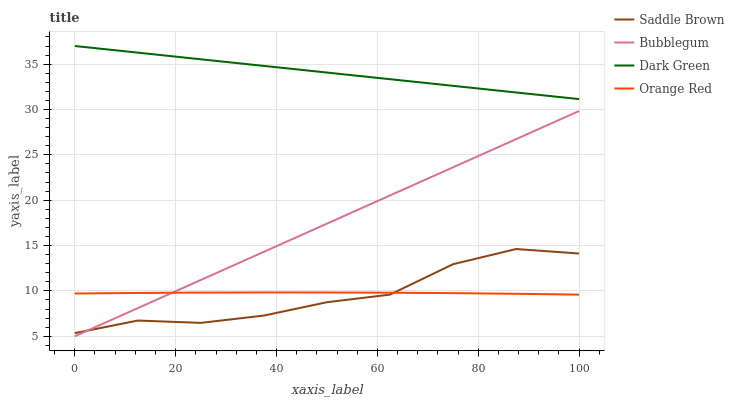
| xaxis_label | Saddle Brown | Bubblegum | Dark Green | Orange Red |
 | --- | --- | --- | --- | --- |
 | 0 | 5.34 | 5 | 37 | 9.71 |
 | 12.5 | 6.73 | 8.1 | 36.3 | 9.77 |
 | 25 | 6.48 | 11.2 | 35.5 | 9.81 |
 | 37.5 | 7.28 | 14.3 | 34.8 | 9.83 |
 | 50 | 8.75 | 17.4 | 34.1 | 9.83 |
 | 62.5 | 9.59 | 20.5 | 33.3 | 9.8 |
 | 75 | 12.9 | 23.6 | 32.6 | 9.75 |
 | 87.5 | 14.6 | 26.7 | 31.9 | 9.68 |
 | 100 | 14.1 | 29.8 | 31.1 | 9.59 |